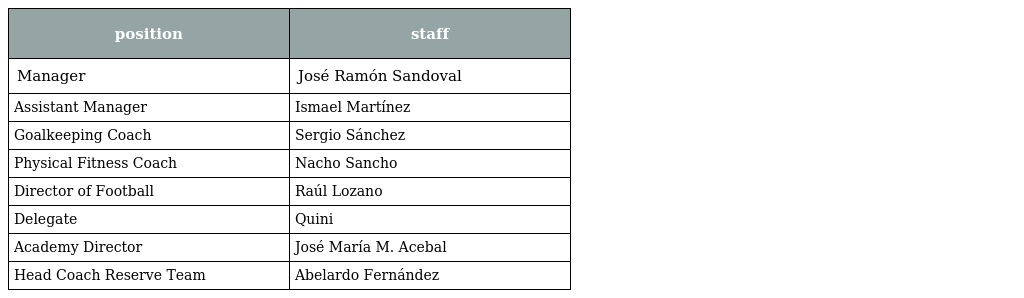
| position | staff |
 | --- | --- |
 | Manager | José Ramón Sandoval |
 | Assistant Manager | Ismael Martínez |
 | Goalkeeping Coach | Sergio Sánchez |
 | Physical Fitness Coach | Nacho Sancho |
 | Director of Football | Raúl Lozano |
 | Delegate | Quini |
 | Academy Director | José María M. Acebal |
 | Head Coach Reserve Team | Abelardo Fernández |